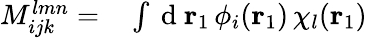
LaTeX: \begin{array}{rl}{M_{ijk}^{lmn}=}&{{}\int\mathrm{~d~}{\mathbf{r}_{1}}\, \phi_{i}({\mathbf{r}_{1}})\, \chi_{l}({\mathbf{r}_{1}})}\end{array}